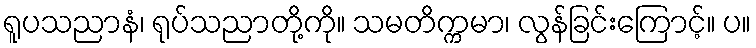
ရူပသညာနံ၊ ရုပ်သညာတို့ကို။ သမတိက္ကမာ၊ လွန်ခြင်းကြောင့်။ ပ။